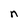
Character: n